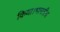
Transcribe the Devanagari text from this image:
किया।भारतीय